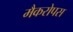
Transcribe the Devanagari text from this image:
मैकरोपस